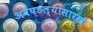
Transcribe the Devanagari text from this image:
अवघडल्यासारखं